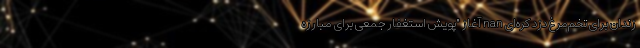
زندان برای تخم‌مرغ دزد کره‌ای nan آغاز "پویش‌ استغفار جمعی برای مبارزه